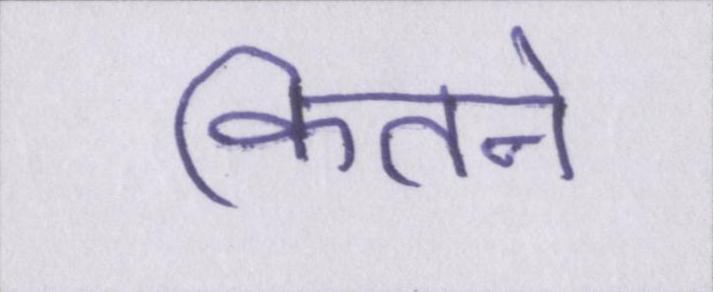
कितने